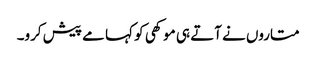
متاروں نے آتے ہی موکھی کو کہا مے پیش کرو۔